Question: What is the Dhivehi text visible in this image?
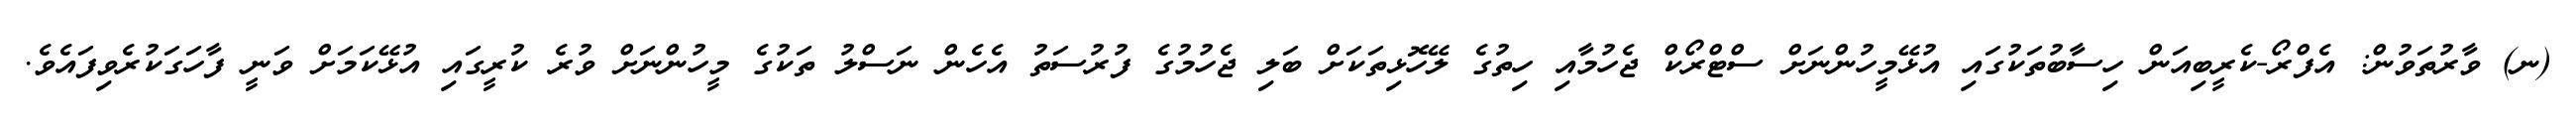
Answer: (ނ) ވާރުތަވުން: އެފްރޯ-ކެރީބިއަން ހިސާބުތަކުގައި އުޅޭމީހުންނަށް ސްޓްރޯކް ޖެހުމާއި ހިތުގެ ލޭހޮޅިތަކަށް ބަލި ޖެހުމުގެ ފުރުސަތު އެހެން ނަސްލު ތަކުގެ މީހުންނަށް ވުރެ ކުރީގައި އުޅޭކަމަށް ވަނީ ފާހަގަކުރެވިފައެވެ.